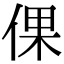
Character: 倮